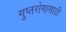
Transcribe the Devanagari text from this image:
गुप्तरोगासाठी